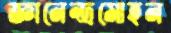
জ্ঞানেন্দ্রমোহন